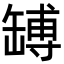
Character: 𦉊